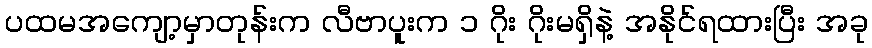
ပထမအကျော့မှာတုန်းက လီဗာပူးက ၁ ဂိုး ဂိုးမရှိနဲ့ အနိုင်ရထားပြီး အခု